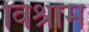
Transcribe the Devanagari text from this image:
विश्राम